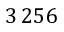
3 \, 2 5 6